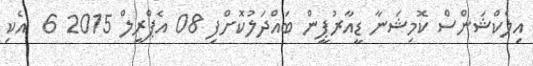
އިލެކްޝަންސް ކޮމިޝަނާ ޑީއާރުޕީން ބައްދަލުކޮށްފި 08 އެޕްރީލް 2015 6  އެކި